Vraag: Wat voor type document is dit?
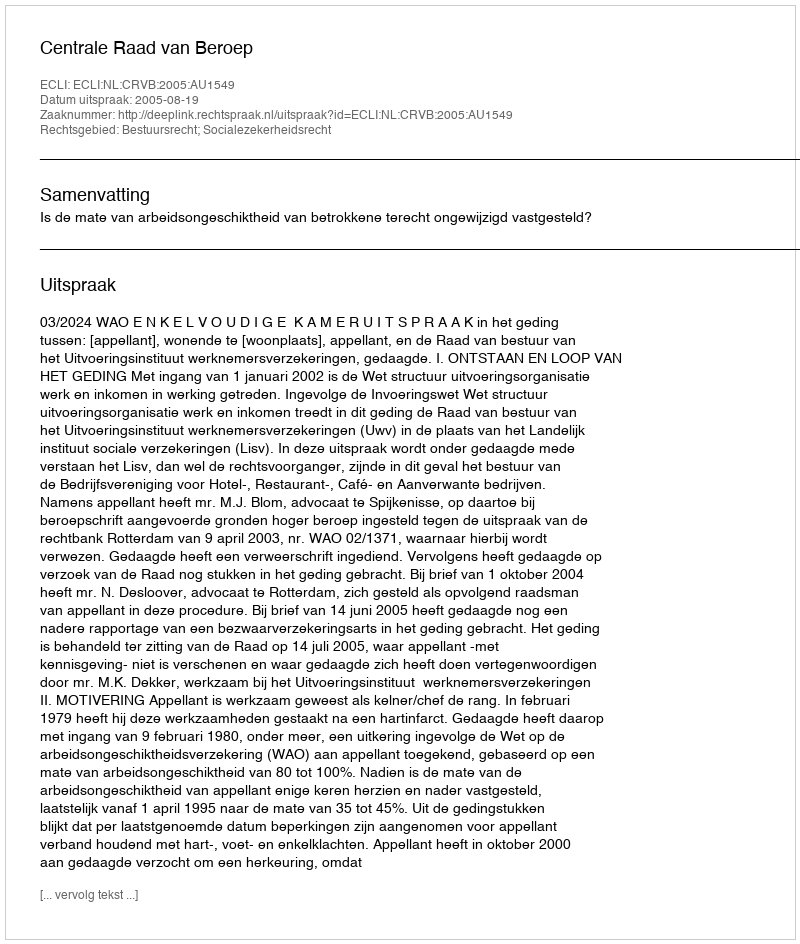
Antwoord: Uitspraak